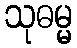
သုဓမ္မ